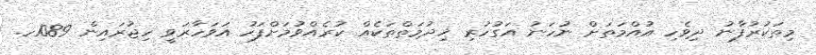
މިތަކުރުފާނު ދިވެހި އުއްމަތަށް ނުހަނު އަގުހުރި ޚިދުމަތްތަކެއް ކުރެއްވުމަށްފަހު އަވަހާރަވީ ހިޖުރައިން 1089ހ.